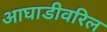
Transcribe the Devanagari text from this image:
आघाडीवरिल